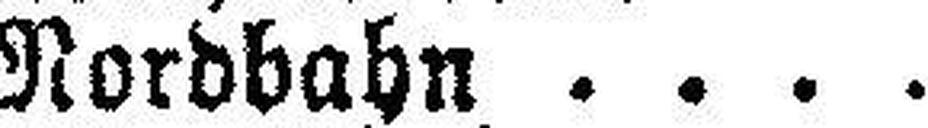
Nordbahn